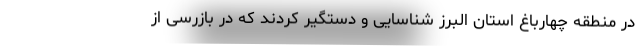
در منطقه چهارباغ استان البرز شناسایی و دستگیر کردند که در بازرسی از